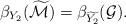
LaTeX: \begin{align*}\beta_{Y_2}(\widetilde{\mathcal{M}})=\beta_{\widetilde{Y_2}}(\mathcal{G}). \end{align*}